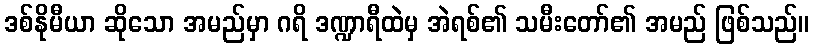
ဒစ်နိုမီယာ ဆိုသော အမည်မှာ ဂရိ ဒဏ္ဍာရီထဲမှ အဲရစ်၏ သမီးတော်၏ အမည် ဖြစ်သည်။